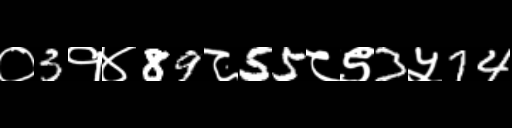
Text: ०3१४89८55८९3५74